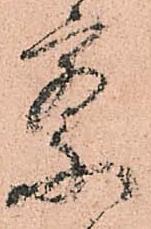
察